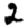
Digit: 2